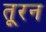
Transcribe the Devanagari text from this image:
तूरन